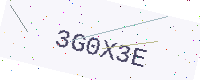
Text: 3G0X3E